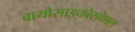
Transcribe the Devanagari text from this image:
बायोसाइकोसोशल